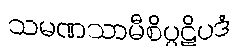
သမဏသာမီစိပ္ပဋိပဒံ